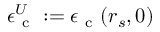
\epsilon _ { \mathrm { ~ c ~ } } ^ { U } : = \epsilon _ { \mathrm { ~ c ~ } } ( r _ { s } , 0 )